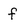
Character: f